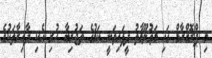
މި ޕްރޮގްރާމް ގައި މަޢުލޫމާތު ދީފައިވަނީ ކަމުގެ ތަޖުރިބާ ހުރި އެކި ދާއިރާތަކުގެ